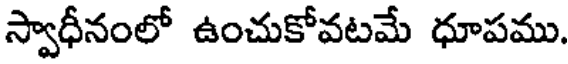
స్వాధీనంలో ఉంచుకోవటమే ధూపము.